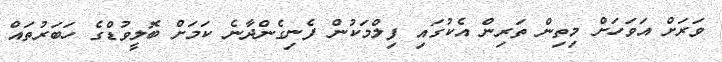
ވަރަށް އަވަހަށް މިތިން ތަރިން އެކުގައި ފިލްމަކުން ފެނިގެންދާނެ ކަމަށް ބޮލީވުޑްގެ ހަބަރުތައް